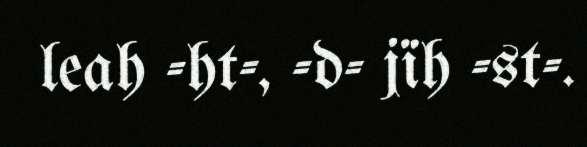
leah -ht-, -d- jïh -st-.